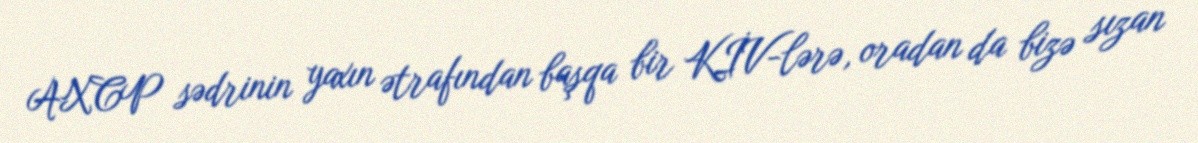
AXCP sədrinin yaxın ətrafından başqa bir KİV-lərə, oradan da bizə sızan